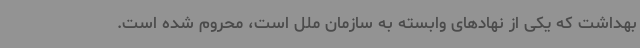
بهداشت که یکی از نهادهای وابسته به سازمان ملل است، محروم شده است.